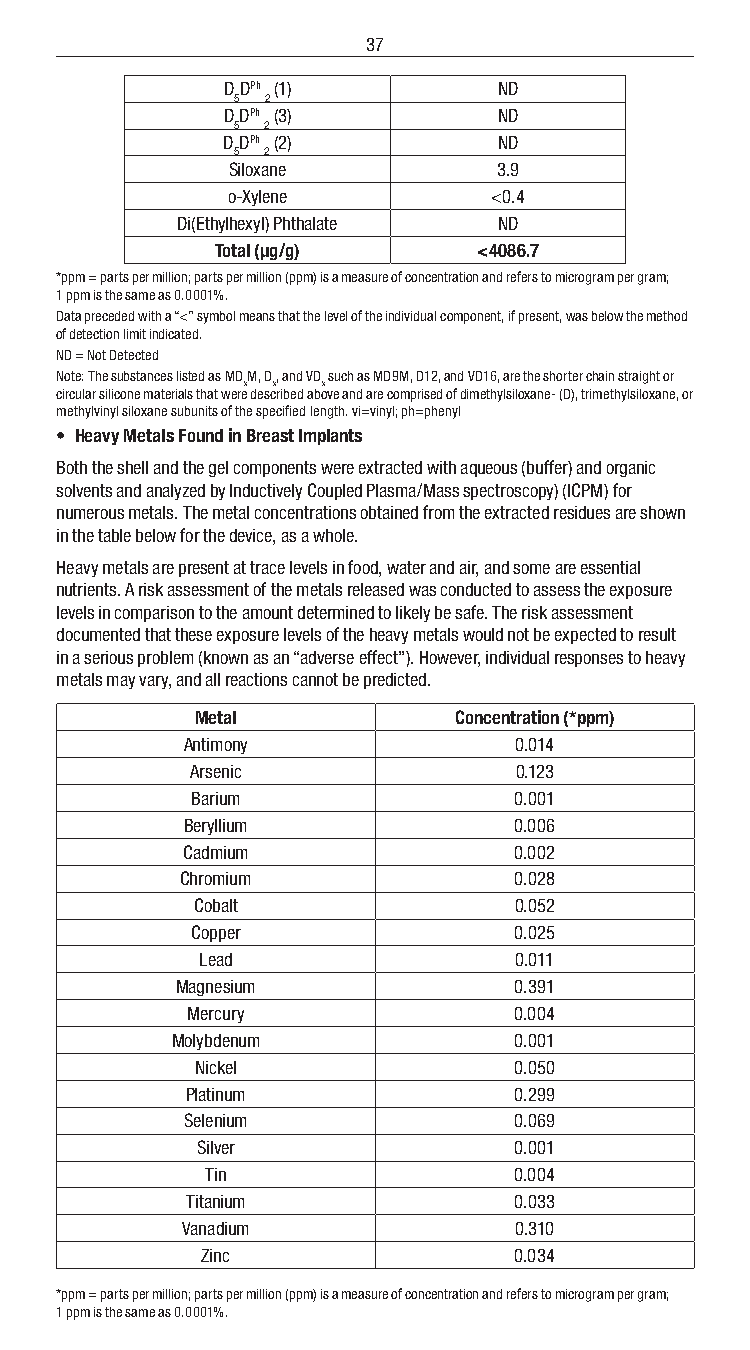
37
 DDPh (1)          ND
 5 2
 DDPh (3)          ND
 5  2
 DDPh (2)          ND
 5  2
 Siloxane          3.9
 o-Xylene          <0.4
 Di(Ethylhexyl) Phthalate ND
 Total (µg/g)      <4086.7
 *ppm = parts per million; parts per million (ppm) is a measure of concentration and refers to microgram per gram;
 1 ppm is the same as 0.0001%.
 Data preceded with a “<” symbol means that the level of the individual component, if present, was below the method
 of detection limit indicated.
 ND = Not Detected
 Note: The substances listed as MDM, D, and VD such as MD9M, D12, and VD16, are the shorter chain straight or
 x x  x
 circular silicone materials that were described above and are comprised of dimethylsiloxane- (D), trimethylsiloxane, or
 methylvinyl siloxane subunits of the specified length. vi=vinyl; ph=phenyl
 • Heavy Metals Found in Breast Implants
 Both the shell and the gel components were extracted with aqueous (buffer) and organic
 solvents and analyzed by Inductively Coupled Plasma/Mass spectroscopy) (ICPM) for
 numerous metals. The metal concentrations obtained from the extracted residues are shown
 in the table below for the device, as a whole.
 Heavy metals are present at trace levels in food, water and air, and some are essential
 nutrients. A risk assessment of the metals released was conducted to assess the exposure
 levels in comparison to the amount determined to likely be safe. The risk assessment
 documented that these exposure levels of the heavy metals would not be expected to result
 in a serious problem (known as an “adverse effect”). However, individual responses to heavy
 metals may vary, and all reactions cannot be predicted.
 Metal            Concentration (*ppm)
 Antimony              0.014
 Arsenic              0.123
 Barium               0.001
 Beryllium             0.006
 Cadmium               0.002
 Chromium              0.028
 Cobalt               0.052
 Copper               0.025
 Lead                 0.011
 Magnesium             0.391
 Mercury               0.004
 Molybdenum             0.001
 Nickel               0.050
 Platinum              0.299
 Selenium              0.069
 Silver               0.001
 Tin                 0.004
 Titanium              0.033
 Vanadium              0.310
 Zinc                 0.034
 *ppm = parts per million; parts per million (ppm) is a measure of concentration and refers to microgram per gram;
 1 ppm is the same as 0.0001%.